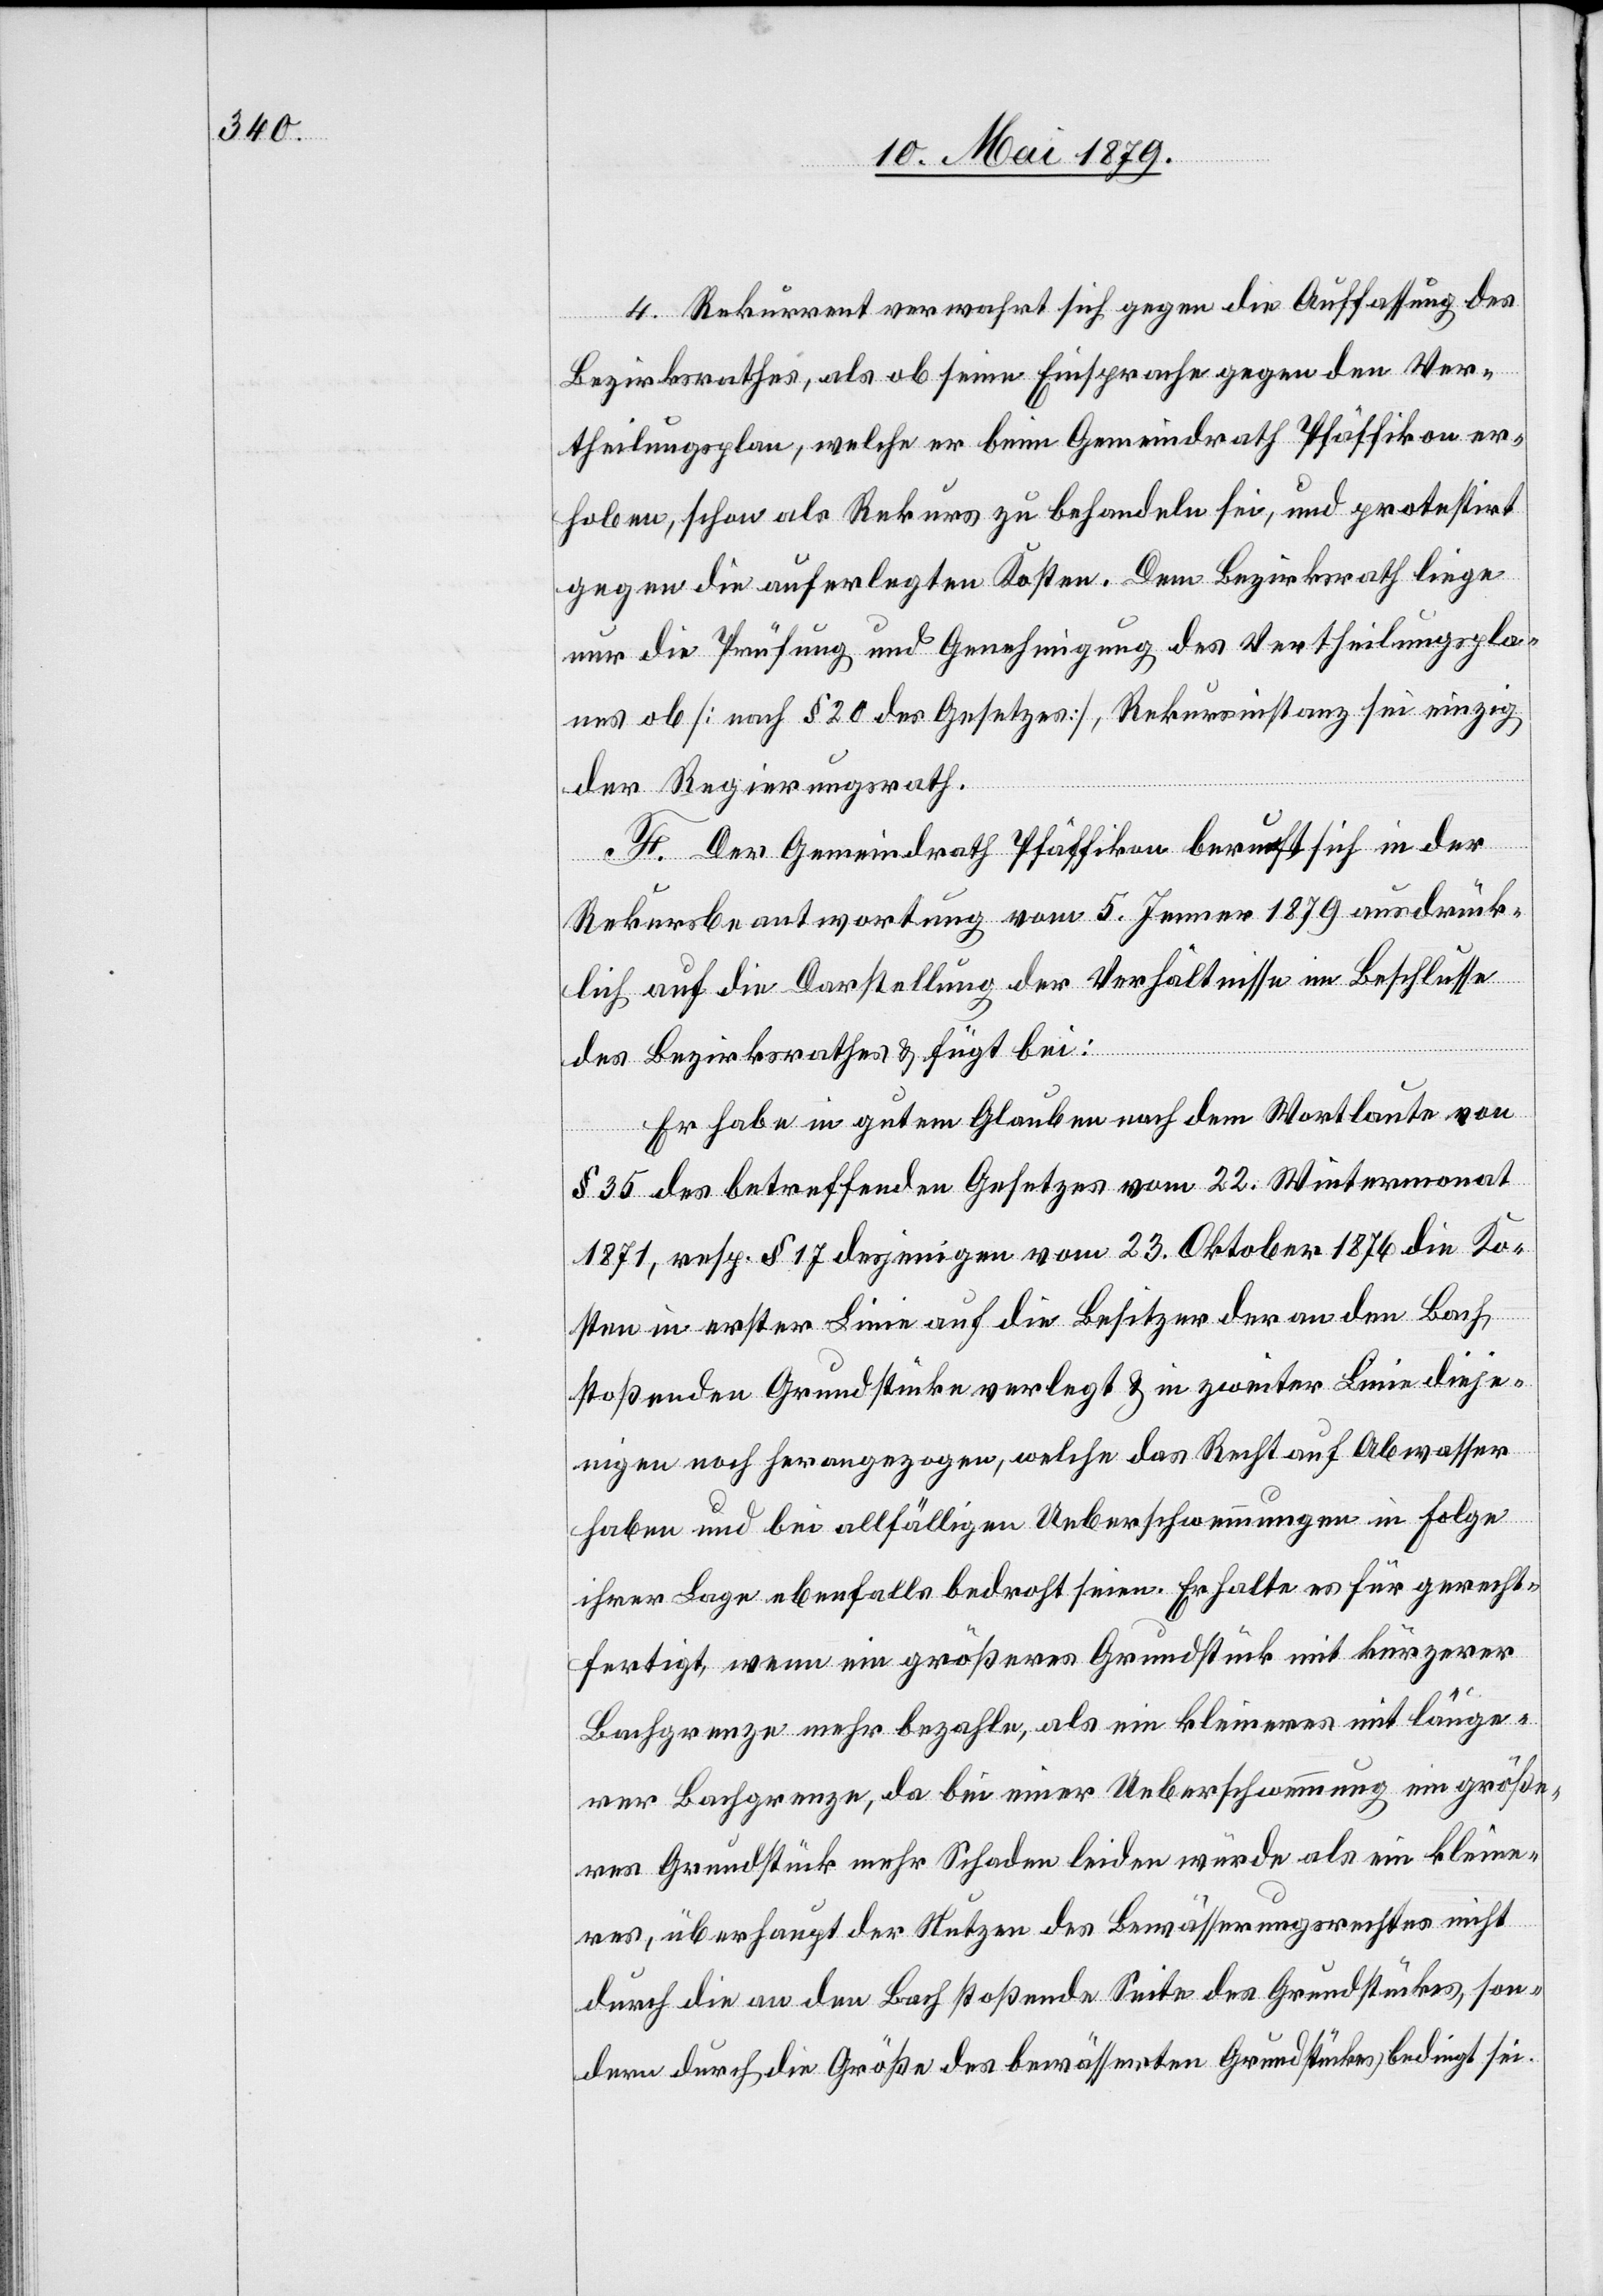
4. Rekurrent verwahrt sich gegen die Auffassung des
Bezirksrathes, als ob seine Einsprache gegen den Ver¬
theilungsplan, welche er beim Gemeindrath Pfäffikon er¬
hoben, schon als Rekurs zu behandeln sei, und protestirt
gegen die auferlegten Kosten. Dem Bezirksrath liege
nur die Prüfung und Genehmigung des Vertheilungspla¬
nes ob [nach § 20 des Gesetzes], Rekursinstanz sei einzig
der Regierungsrath.
F. Der Gemeindrath Pfäffikon beruft sich in der
Rekursbeantwortung vom 5. Jenner 1879 ausdrück¬
lich auf die Darstellung der Verhältnisse im Beschlusse
sei.
des Bezirksrathes & fügt bei:
Er habe in gutem Glauben nach dem Wortlaute von
§ 35 des betreffenden Gesetzes vom 22. Wintermonat
1871, resp. § 71 desjenigen vom 23. Oktober 1876 die Ko¬
sten in erster Linie auf die Besitzer der an den Bach
stoßenden Grundstücke verlegt & in zweiter Linie dieje¬
nigen noch herangezogen, welche das Recht auf Abwasser
haben und bei allfälligen Ueberschwemmungen in Folge
ihrer Lage ebenfalls bedroht seien. Er halte es für gerecht¬
fertigt, wenn ein größeres Grundstück mit kürzerer
Bachgrenze mehr bezahle, als ein kleineres mit länge¬
rer Bachgrenze, da bei einer Ueberschwemmung ein größe¬
res Grundstück mehr Schaden leiden würde als ein kleine¬
res, überhaupt der Nutzen des Bewässerungsrechtes nicht
durch die an den Bach stoßende Seite des Grundstückes be¬